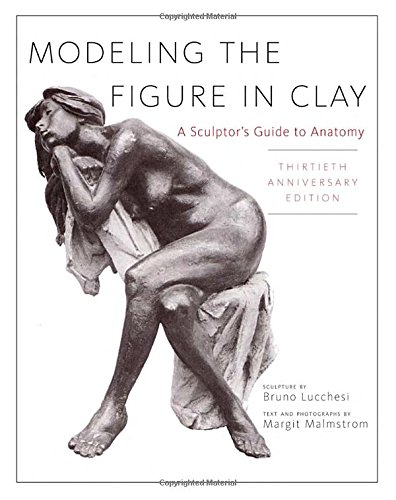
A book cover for Modeling the Figure in Clay, 30th Anniversary Edition: A Sculptor's Guide to Anatomy; Bruno Lucchesi; Arts & Photography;